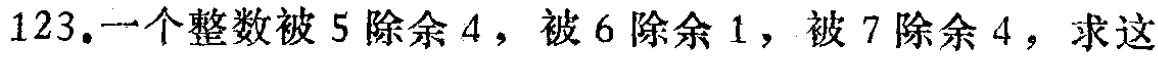
123.一个整数被5除余4，被6除余1，被7除余4，求这